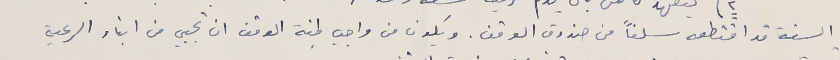
السنة قد اقتطعه سلفاً من صندوق الوقف. ويكون من واجب لجنة الوقف ان تجبي من ابناء الرعية